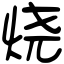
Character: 烧